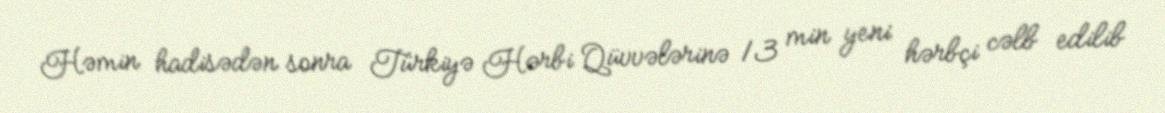
Həmin hadisədən sonra Türkiyə Hərbi Qüvvələrinə 13 min yeni hərbçi cəlb edilib